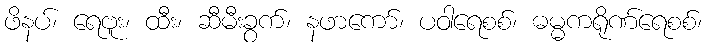
ဖိနပ်၊ ရေဗူး၊ ထီး၊ ဆီမီးခွက်၊ နဖာကော်၊ ပဝါရေစစ်၊ ဓမ္မကရိုဏ်ရေစစ်၊